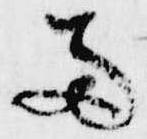
両